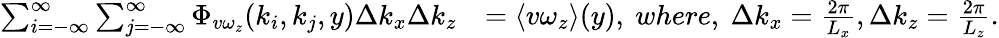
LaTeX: \begin{array}{rl}{\sum_{i=-\infty}^{\infty}\sum_{j=-\infty}^{\infty}\Phi_{v\omega_{z}}(k_{i},k_{j},y)\Delta k_{x}\Delta k_{z}}&{=\langle v\omega_{z}\rangle(y),\ where,\ \Delta k_{x}=\frac{2\pi}{L_{x}},\Delta k_{z}=\frac{2\pi}{L_{z}}.}\end{array}